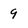
Character: 9